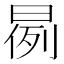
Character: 𣈙